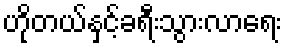
ဟိုတယ်နှင့်ခရီးသွားလာရေး